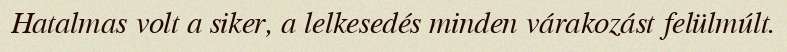
Hatalmas volt a siker, a lelkesedés minden várakozást felülmúlt.